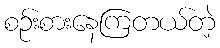
စဉ်းစားနေကြတယ်တဲ့